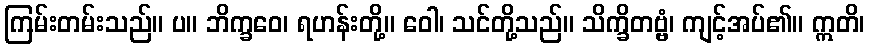
ကြမ်းတမ်းသည်။ ပ။ ဘိက္ခဝေ၊ ရဟန်းတို့။ ဝေါ၊ သင်တို့သည်။ သိက္ခိတဗ္ဗံ၊ ကျင့်အပ်၏။ ဣတိ၊